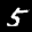
Label: 5